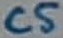
Text: C5